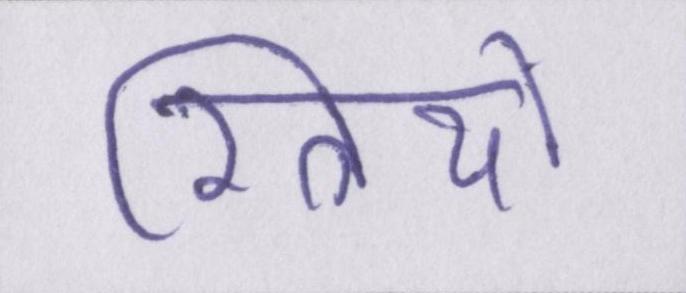
स्त्रियों